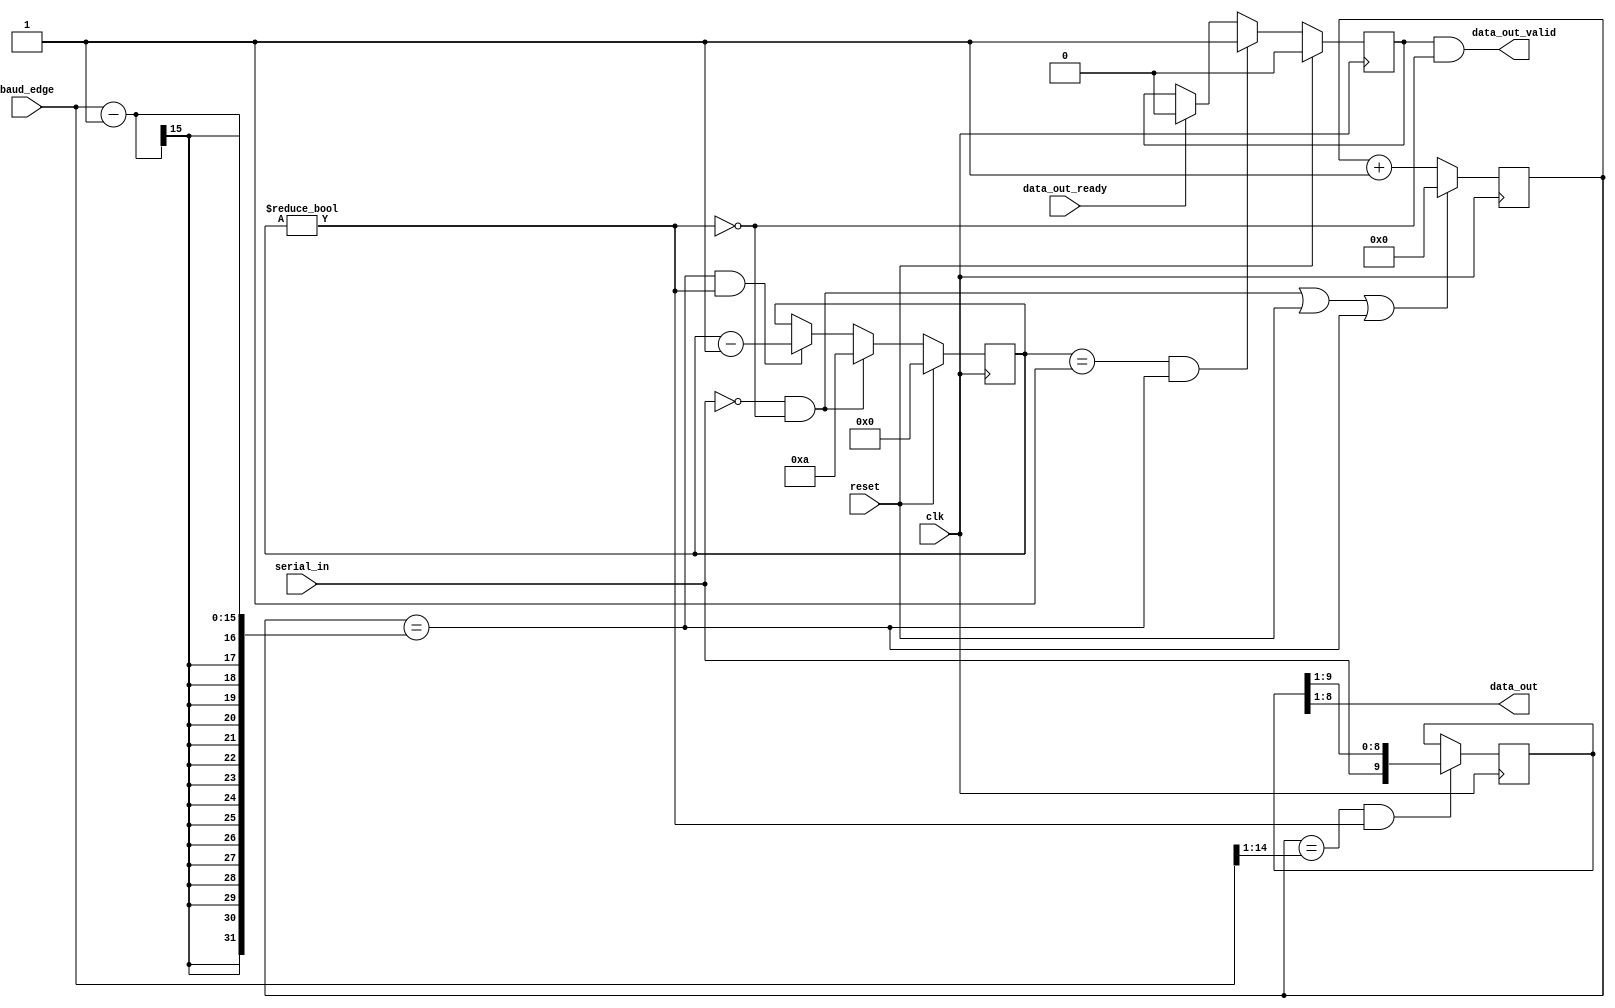
//From UCB EECS-151 FPGA Lab/Project

module uart_receiver #(
    parameter CLOCK_FREQ = 125_000_000,
    parameter MIN_BDRT = 9_600,
    parameter BAUD_BITS = $clog2((CLOCK_FREQ+(MIN_BDRT/2)-1) / (MIN_BDRT/2))
)(
    input clk,
    input reset,

    input [BAUD_BITS-1:0] baud_edge,

    output [7:0] data_out,
    output data_out_valid,
    input data_out_ready,

    input serial_in
);

    localparam CLOCK_COUNTER_WIDTH = BAUD_BITS; //with baud_edge input

    wire symbol_edge;
    wire sample;
    wire start;
    wire rx_running;

    reg [9:0] rx_shift;
    reg [3:0] bit_counter;
    reg [CLOCK_COUNTER_WIDTH-1:0] clock_counter;
    reg has_byte;

    //--|Signal Assignments|------------------------------------------------------

    assign symbol_edge = clock_counter == (baud_edge - 1); //with baud_edge input

    assign sample = clock_counter == {1'b0, baud_edge[BAUD_BITS-1:1]}; //with baud_edge input

    assign start = !serial_in && !rx_running;

    assign rx_running = bit_counter != 4'd0;

    assign data_out = rx_shift[8:1];
    assign data_out_valid = has_byte && !rx_running;

    //--|Counters|----------------------------------------------------------------

    // Counts cycles until a single symbol is done
    always @ (posedge clk) begin
        clock_counter <= (start || reset || symbol_edge) ? 0 : clock_counter + 1;
    end

    // Counts down from 10 bits for every character
    always @ (posedge clk) begin
        if (reset) begin
            bit_counter <= 0;
        end else if (start) begin
            bit_counter <= 10;
        end else if (symbol_edge && rx_running) begin
            bit_counter <= bit_counter - 1;
        end
    end

    //--|Shift Register|----------------------------------------------------------

    always @(posedge clk) begin
        if (sample && rx_running) rx_shift <= {serial_in, rx_shift[9:1]};
    end

    //--|Extra State For Ready/Valid|---------------------------------------------

    always @ (posedge clk) begin
        if (reset) has_byte <= 1'b0;
        else if (bit_counter == 1 && symbol_edge) has_byte <= 1'b1;
        else if (data_out_ready) has_byte <= 1'b0;
    end

endmodule